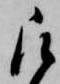
被